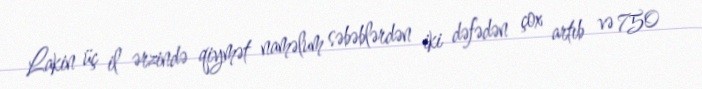
Lakin üç il ərzində qiymət naməlum səbəblərdən iki dəfədən çox artıb və 750